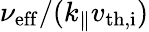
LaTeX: \nu_{\mathrm{eff}}/(k_{\parallel}v_{\mathrm{th,i}})